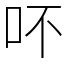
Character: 吥